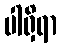
ပါရှိရာ